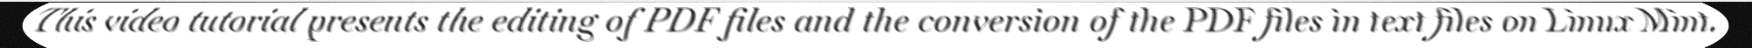
This video tutorial presents the editing of PDF files and the conversion of the PDF files in text files on Linux Mint.